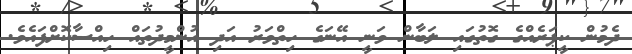
ދެމުން ކީޕަރެއްގެ ގޮތުގައި ލަބާން ވަނީ އޭނަގެ ހިތްވަރު އަދި އުންމީދުތައް ހިއްސާކޮށްފައެވެ.